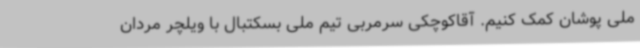
ملی پوشان کمک کنیم. آقاکوچکی سرمربی تیم ملی بسکتبال با ویلچر مردان